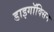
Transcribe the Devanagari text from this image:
डाइगॉक्सिन